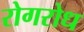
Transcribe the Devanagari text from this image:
रोगरोध